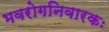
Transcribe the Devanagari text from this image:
भवरोगनिवारकः